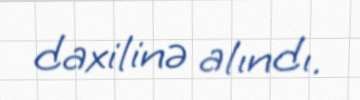
daxilinə alındı.